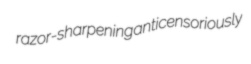
razor-sharpening anticensoriously